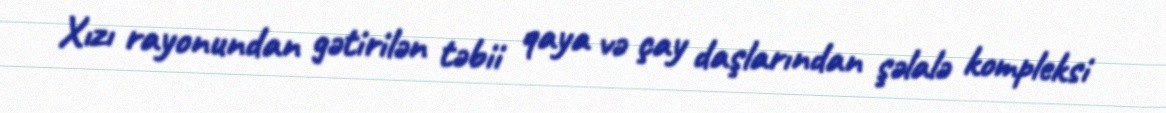
Xızı rayonundan gətirilən təbii qaya və çay daşlarından şəlalə kompleksi